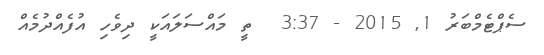
ސެޕްޓެމްބަރު 1